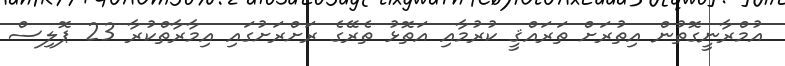
އުމްރާނީގޮތުން އިތުރަށް ތަރައްޤީ ކުރުމާއި އަތޮޅު ތެރޭގެ ރަށްރަށުގައި އިމާރާތްކުރާ 23 ޕޮލިސް